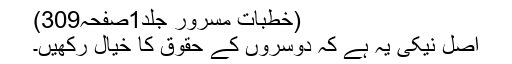
(خطبات مسرور جلد1صفحہ309)
اصل نیکی یہ ہے کہ دوسروں کے حقوق کا خیال رکھیں۔